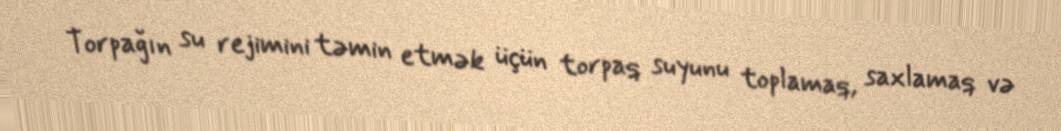
Torpağın su rejimini təmin etmək üçün torpaq suyunu toplamaq, saxlamaq və